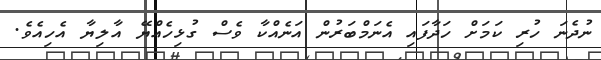
ނުދެނަ ހުރި ކަމަށް ހަދާފައި އެނަމްބަރުން އަނެއްކާ ވެސް ގުޅިހެއްޔޭ އާލިޔާ އެހިއެވެ.